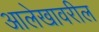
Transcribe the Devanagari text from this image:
आलेखावरील